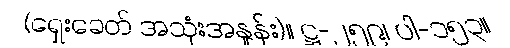
(ရှေးခေတ် အသုံးအနှုန်း)။ ဋ္ဌ-၂၅၉၊ ပါ-၁၅၃။